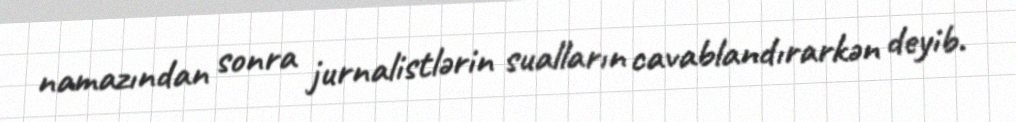
namazından sonra jurnalistlərin sualların cavablandırarkən deyib.